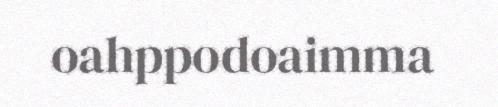
oahppodoaimma